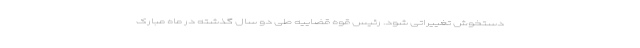
دستخوش تغییراتی شود. رئیس قوه قضاییه طی دو سال گذشته در ماه مبارک